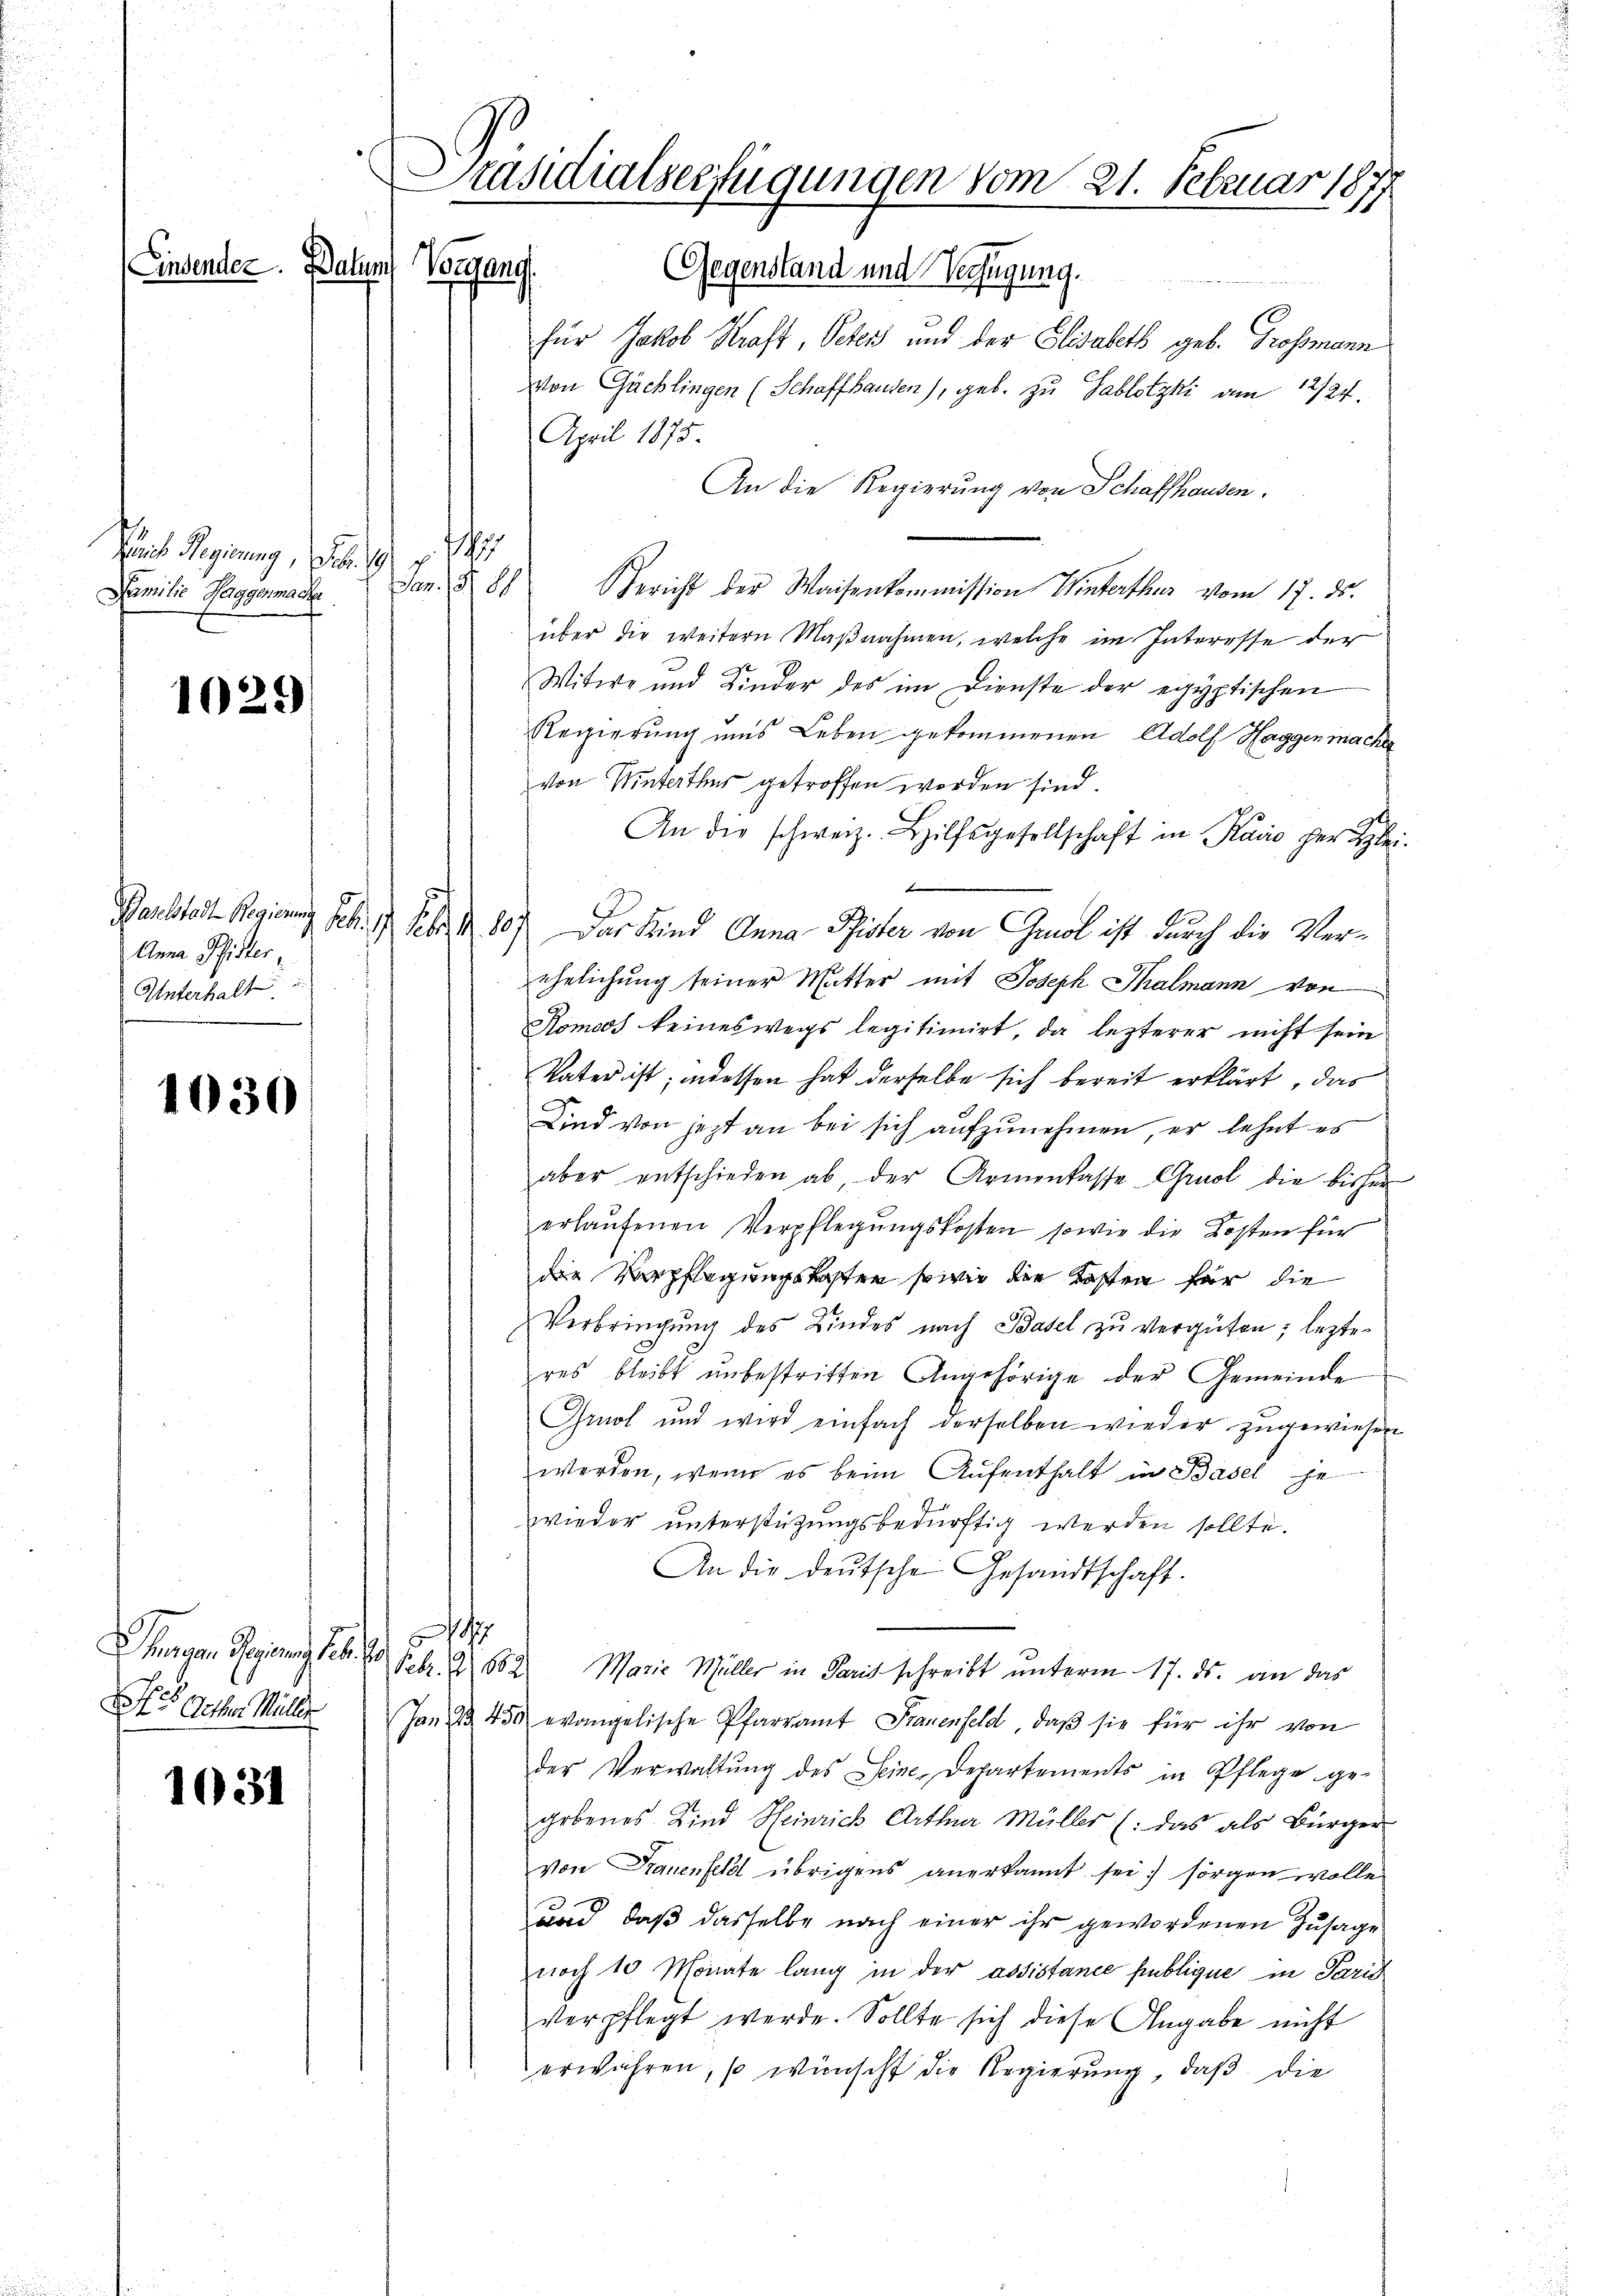
Hans Regierung, oder
h
Familie Taggenmache

1029

1030

1031

Lindender. Baling Vorgang

Anna Pfister,
Unterhalt

hagen einen Frl.
Nos Gother Müller

für Jakob Kraft, Peten und der Elisabeth geb. Grossmann
von Gächlingen (Schaffhausen), geb. zu Sablotzki am 12/24.
April 1875.
An die Regierung von Schaffhausen.
Gericht der Waisenkommission Winterthur vom 17. ds.
über die weitern Maβnahmen, welche im Interesse der
Witwe und Kinder des im Dienste der egyptischen
Regierung uns Leben gekommenen Adolf Haggen macher
von Winterthur getroffen worden sind.
An die schweiz. Hilfsgesellschaft in Radio her Klei
|
Pachter Regierung Seb. 1 S. 80) Das Kind Anna Pfister von Grol ist durch die Verehelichung seiner Mutter mit Joseph Thalmann von
Komoos keineswegs legitimirt, da lezterer nicht sein
Vater ist; indessen hat derselbe sich bereit erklärt, das
Kind von jetzt an bei sich aufzunehmen, er lehnt es
aber entschieden ab, der Armenkasse Gruol die bisher
erlaŭfenen Verpflegŭngskosten sowie die Kosten für
die Verpflegungskosten sowie die Kosten für die
Verbringŭng des Kindes nach Basel zŭ vergüten; lezte
res bleibt unbestritten Angehörige der Gemeinde
Gruol und wird einfach derselben wieder zugewiesen
werden, wenn es beim Aufenthalt in Basel he
wieder unterstützungsbedürftig werden sollte.
An die deŭtsche Gesandtschaft.
7
Febr. 2 502 Marie Müller in Paris schreibt ŭnterm 17. ds. an das
Jan 450 evangelische Pfarramt Frauenfeld, daβ sie für ihr von
der Verwaltŭng des Seine Departements in Pflege ge-
gebenes Kind Heinrich Arthner Müller (: das als Bürger
von Frauenfeld übrigens anerkannt sei sorgen wolle
und, daß dasselbe nach einer ihr gewordenen Zusage
noch 10 Monate lang in der assistance publique in Paris
verpflegt werde. Sollte sich diese Angabe nicht
erwähren, so wünscht die Regierŭng, daβ die

Präsidialserfügungen vom 21. Februar 1877

1897
Fr. 15. d